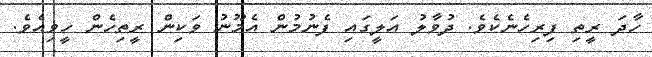
ހާދަ ރީތި ފިރިހެނެކެވެ. ދުވާލު އަލީގައި ފެނުމުން އެމޫނު ވަކިން ރީތިހެން ހީވިއެވެ.